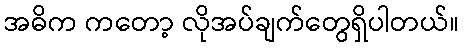
အဓိက ကတော့ လိုအပ်ချက်တွေရှိပါတယ်။